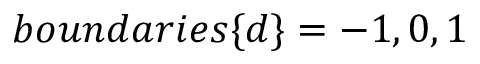
b o u n d a r i e s \{ d \} = - 1 , 0 , 1